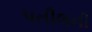
પતીલની